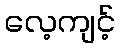
လေ့ကျင့်